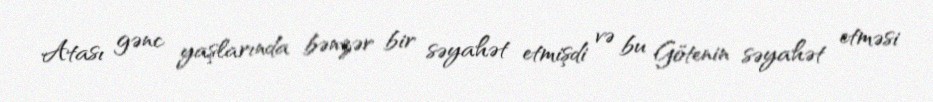
Atası gənc yaşlarında bənzər bir səyahət etmişdi və bu Götenin səyahət etməsi